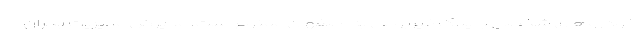
خودروهای شخصی با پلاک غیربومی به اصفهان ممنوع است. مدیرکل مدیریت بحران